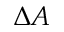
\Delta A